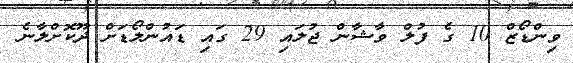
ވިންޑޯޒް 10 ގެ ފުލް ވާޝާން ޖުލައި 29 ގައި ޑައުންލޯޑަށް ދޫކޮށްލާނެ